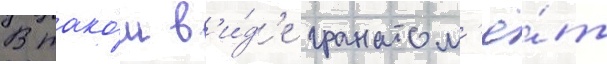
В тако́м в'и́д'е гранатом'ё́т